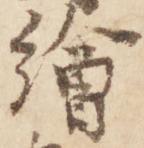
絵